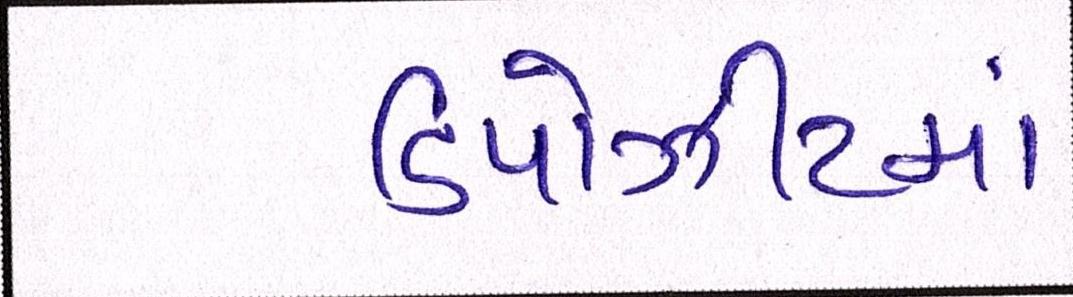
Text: ડિપોઝીટમાં